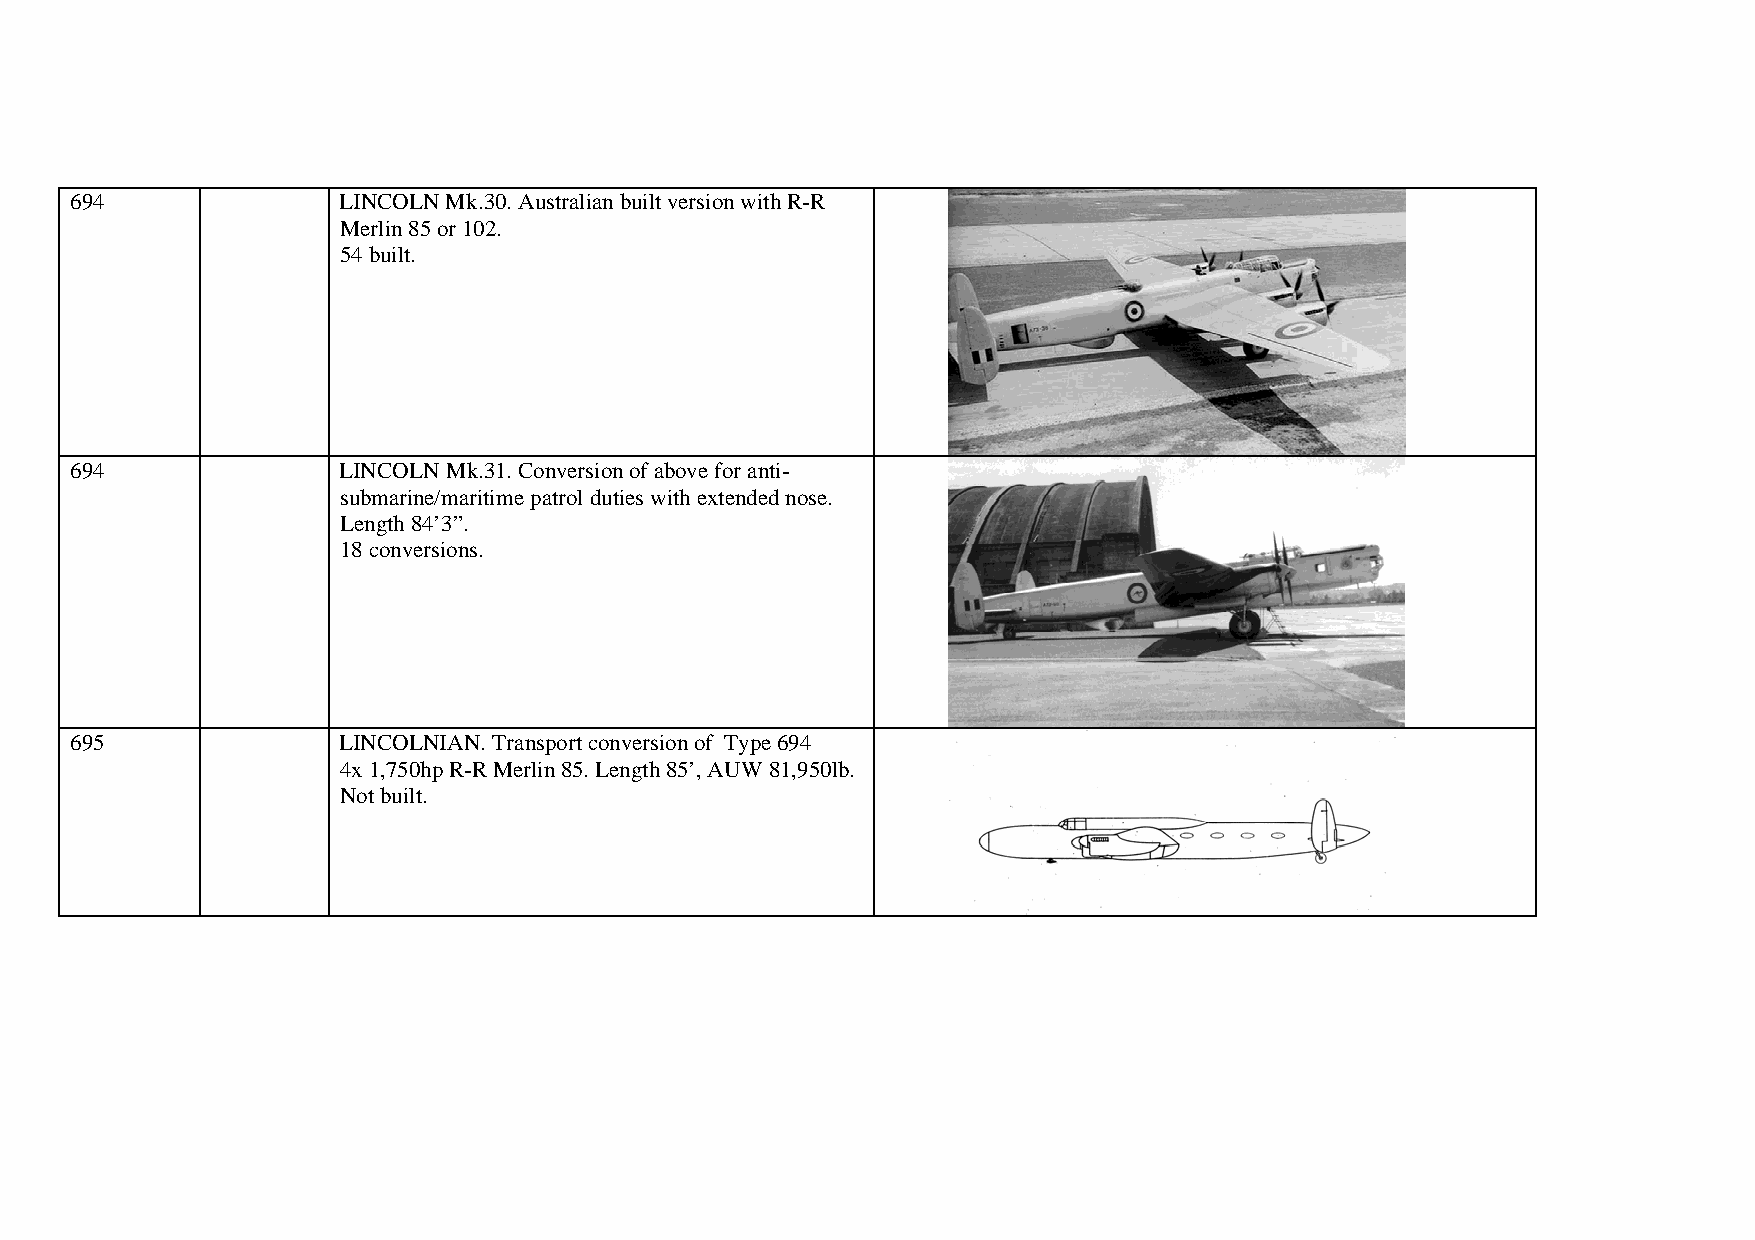
694              LINCOLN Mk.30. Australian built version with R-R
 Merlin 85 or 102.
 54 built.
 694              LINCOLN Mk.31. Conversion of above for anti-
 submarine/maritime patrol duties with extended nose.
 Length 84’3”.
 18 conversions.
 695              LINCOLNIAN. Transport conversion of Type 694
 4x 1,750hp R-R Merlin 85. Length 85’, AUW 81,950lb.
 Not built.